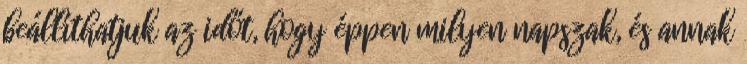
beállíthatjuk az időt, hogy éppen milyen napszak, és annak